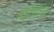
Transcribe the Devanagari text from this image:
पोर्टेगीज